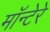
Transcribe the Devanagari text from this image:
मॉन्टेरे